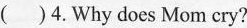
( )4.Why does Mom cry?